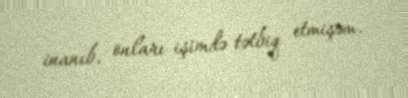
inanıb, onları işimdə tətbiq etmişəm.